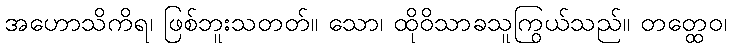
အဟောသိကိရ၊ ဖြစ်ဘူးသတတ်။ သော၊ ထိုဝိသာခသူကြွယ်သည်။ တတ္ထေဝ၊